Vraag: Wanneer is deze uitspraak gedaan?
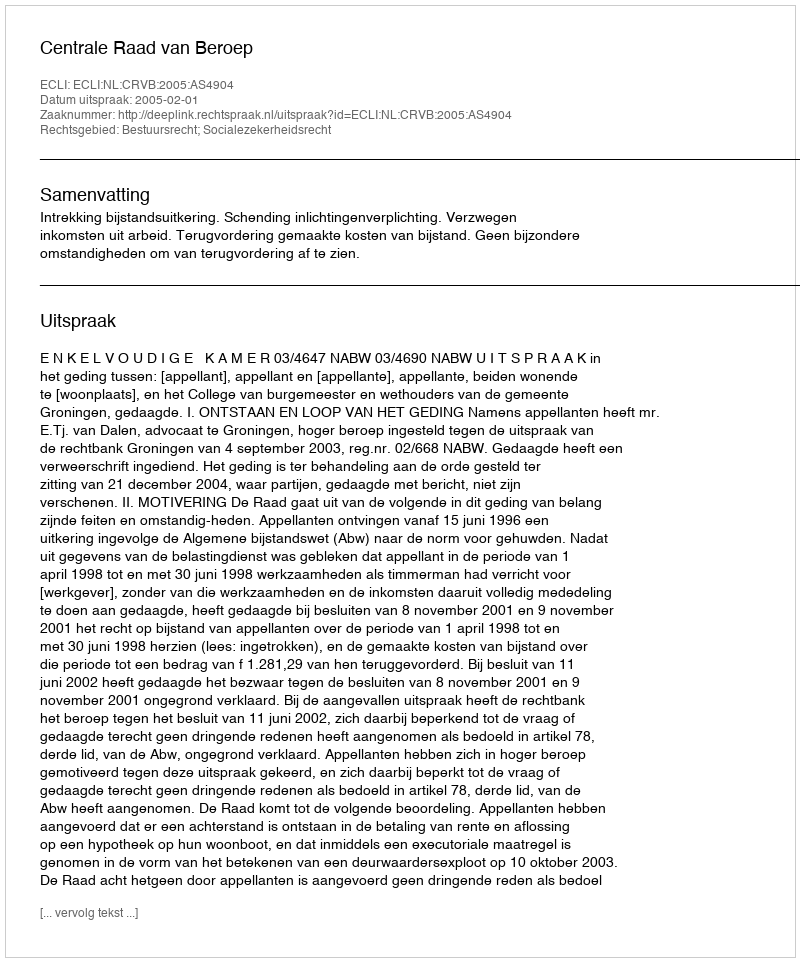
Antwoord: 2005-02-01